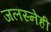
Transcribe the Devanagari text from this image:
जलस्नेही